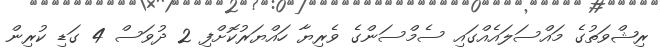
ރިޝްވަތުގެ މައްސަލައެއްގައި ސެމްސަންގެ ވެރިޔާ ހައްޔަރުކޮށްފި 2 ދުވަސް 4 ގަޑި ކުރިން